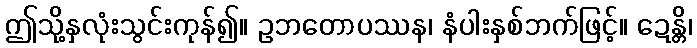
ဤသို့နှလုံးသွင်းကုန်၍။ ဥဘတောပဿန၊ နံပါးနှစ်ဘက်ဖြင့်။ ဍေန္တိ၊